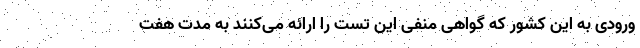
ورودی به این کشور که گواهی منفی این تست را ارائه می‌کنند به مدت هفت